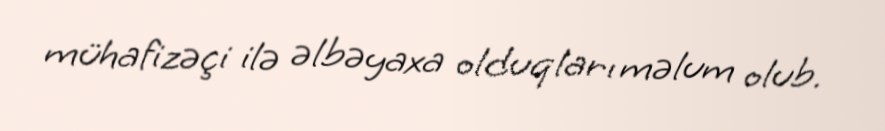
mühafizəçi ilə əlbəyaxa olduqları məlum olub.